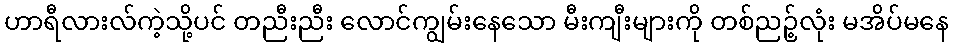
ဟာရီလားလ်ကဲ့သို့ပင် တညီးညီး လောင်ကျွမ်းနေသော မီးကျီးများကို တစ်ညဉ့်လုံး မအိပ်မနေ